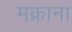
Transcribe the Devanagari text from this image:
मक्राना